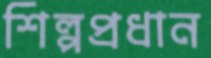
শিল্পপ্রধান